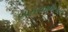
બામણફળિયા